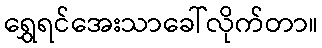
ရွှေရင်အေးသာခေါ်လိုက်တာ။